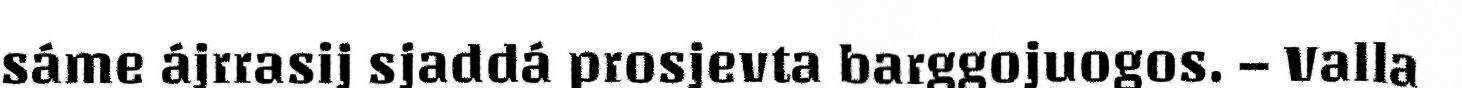
sáme ájrrasij sjaddá prosjevta barggojuogos. – Valla